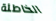
الخاطئة